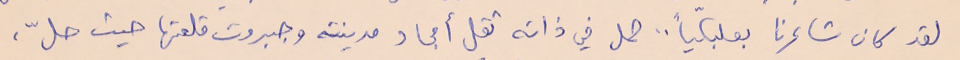
لقد كان شاعرنا بعلبكياً.. حمل في ذاته ثقل أمجاد مدينته وجبروت قلعتها حيث حلّ،